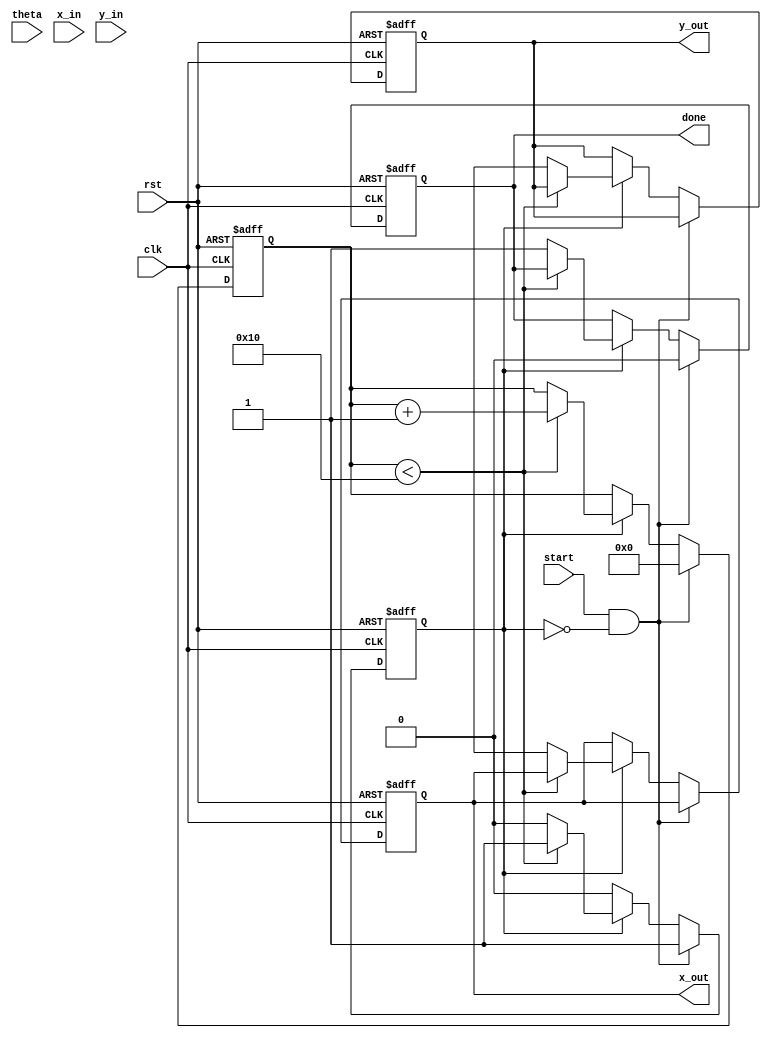
module pipeline_cordic (
    input wire clk,
    input wire rst,
    input wire start,
    input wire [15:0] theta, // Input angle in fixed-point representation
    input wire [15:0] x_in,   // Initial x coordinate
    input wire [15:0] y_in,   // Initial y coordinate
    output reg [15:0] x_out,  // Output x coordinate
    output reg [15:0] y_out,  // Output y coordinate
    output reg done           // Indicates completion of computation
);

    // Parameters
    parameter NUM_STAGES = 16; // Number of CORDIC stages
    parameter ANGLE_WIDTH = 16; // Width of angle representation
    parameter COORD_WIDTH = 16;  // Width of coordinate representation

    // CORDIC angle lookup table (fixed-point representation)
    reg [ANGLE_WIDTH-1:0] angle_table [0:NUM_STAGES-1];
    initial begin
        // Initialize angle lookup table with precomputed values
        angle_table[0] = 16'h0000; // atan(2^0)
        angle_table[1] = 16'h26DB; // atan(2^-1)
        angle_table[2] = 16'h1C71; // atan(2^-2)
        angle_table[3] = 16'h14AE; // atan(2^-3)
        // ... (fill in the rest of the angles)
        angle_table[15] = 16'h0000; // atan(2^-15)
    end

    // Pipeline registers
    reg [COORD_WIDTH-1:0] x_reg [0:NUM_STAGES-1];
    reg [COORD_WIDTH-1:0] y_reg [0:NUM_STAGES-1];
    reg [ANGLE_WIDTH-1:0] theta_reg [0:NUM_STAGES-1];

    // Control signals
    reg [3:0] stage; // Current stage counter
    reg processing;   // Indicates if processing is ongoing

    // CORDIC computation
    always @(posedge clk or posedge rst) begin
        if (rst) begin
            stage <= 0;
            processing <= 0;
            done <= 0;
            x_out <= 0;
            y_out <= 0;
        end else if (start && !processing) begin
            // Load initial values into pipeline
            x_reg[0] <= x_in;
            y_reg[0] <= y_in;
            theta_reg[0] <= theta;
            stage <= 0;
            processing <= 1;
            done <= 0;
        end else if (processing) begin
            if (stage < NUM_STAGES) begin
                // Perform CORDIC rotation
                if (theta_reg[stage] < 0) begin
                    x_reg[stage + 1] <= x_reg[stage] + (y_reg[stage] >>> stage);
                    y_reg[stage + 1] <= y_reg[stage] - (x_reg[stage] >>> stage);
                    theta_reg[stage + 1] <= theta_reg[stage] + angle_table[stage];
                end else begin
                    x_reg[stage + 1] <= x_reg[stage] - (y_reg[stage] >>> stage);
                    y_reg[stage + 1] <= y_reg[stage] + (x_reg[stage] >>> stage);
                    theta_reg[stage + 1] <= theta_reg[stage] - angle_table[stage];
                end
                stage <= stage + 1;
            end else begin
                // Final output after last stage
                x_out <= x_reg[NUM_STAGES];
                y_out <= y_reg[NUM_STAGES];
                done <= 1;
                processing <= 0;
            end
        end
    end

endmodule